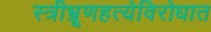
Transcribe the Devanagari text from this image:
स्त्रीभ्रूणहत्येविरोधात